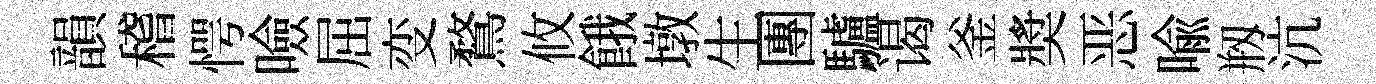
韻稽愕噞屈变鶩攸餓墩生團驢谒釜奬恶喩剏沆